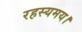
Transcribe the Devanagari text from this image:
रहस्यमय।